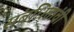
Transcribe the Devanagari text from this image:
संबंधितांची